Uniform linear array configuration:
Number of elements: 4
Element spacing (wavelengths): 0.25
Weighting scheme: binomial
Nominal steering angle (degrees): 0
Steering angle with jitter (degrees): -0.007027
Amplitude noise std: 0.05
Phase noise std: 0.05

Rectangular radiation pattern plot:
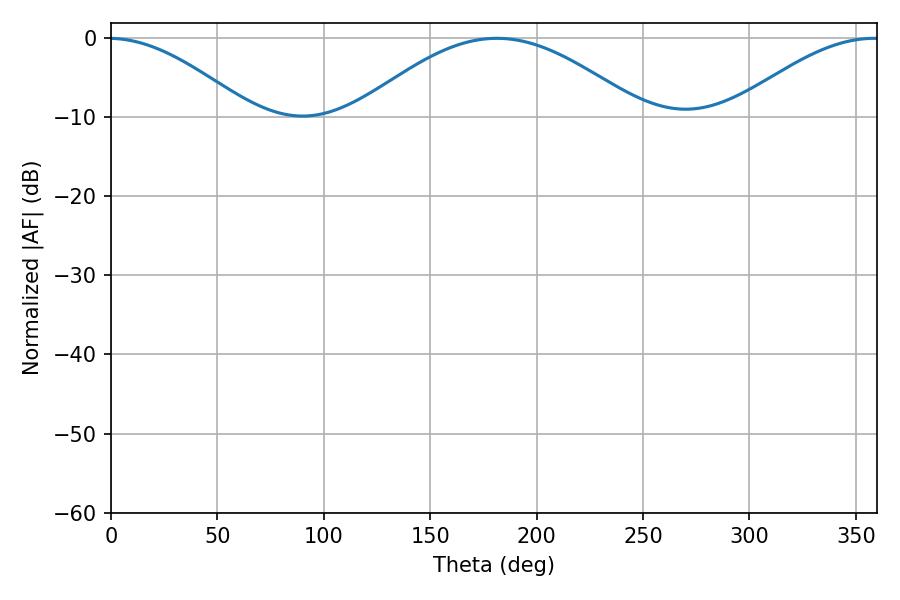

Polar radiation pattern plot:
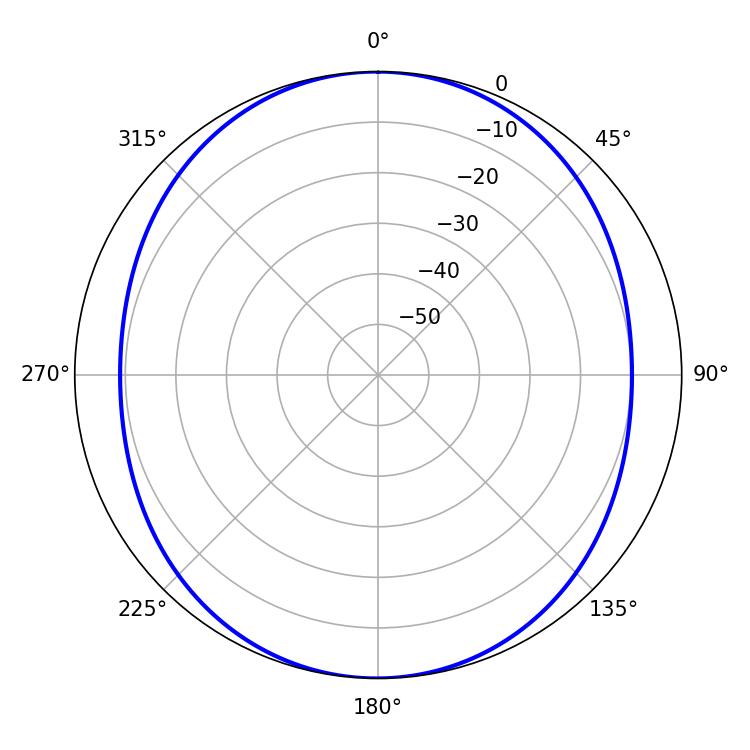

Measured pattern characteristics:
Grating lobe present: FALSE
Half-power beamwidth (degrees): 72.36
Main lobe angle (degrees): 181.26